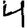
Digit: 4